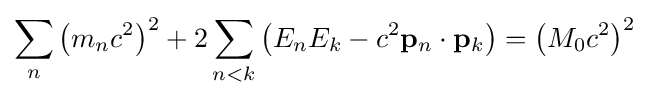
\sum _{n}\left(m_{n}c^{2}\right)^{2}+2\sum _{n<k}\left(E_{n}E_{k}-c^{2}\mathbf {p} _{n}\cdot \mathbf {p} _{k}\right)=\left(M_{0}c^{2}\right)^{2}